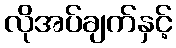
လိုအပ်ချက်နှင့်